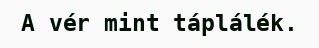
A vér mint táplálék.